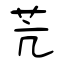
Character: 苀